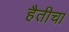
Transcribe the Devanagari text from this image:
हैतीचा